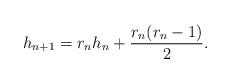
LaTeX: \begin{align*}h_{n+1} = r_n h_n + \frac{r_n(r_n-1)}{2} . \end{align*}